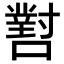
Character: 𡁨